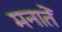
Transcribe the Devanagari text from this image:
मनातें